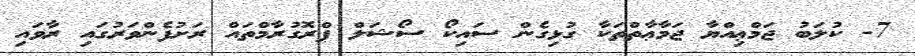
7- ކުލަބު ޖަމްޢިއްޔާ ޖަމާޢާތްތަކާ ގުޅިގެން ސައިކޯ ސޯޝަލް ޕްރޮގުރާމްތައް ރަށުފެންވަރުގައި ރާވައި